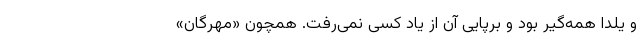
و یلدا همه‌گیر بود و برپایی آن از یاد کسی نمی‌رفت. همچون «مهرگان»